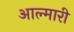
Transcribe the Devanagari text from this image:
आल्मारी